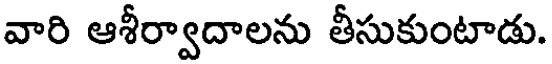
వారి ఆశీర్వాదాలను తీసుకుంటాడు.